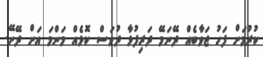
ކުރުމަށް ފަހު ޖަވާބެއް ދޭނަމޭ ދަރިފުޅާ ދުވަސް ކޮޅެއް މަންމަ އަށް ދޭށޭ.